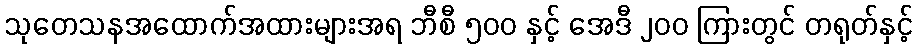
သုတေသနအထောက်အထားများအရ ဘီစီ ၅၀၀ နှင့် အေဒီ ၂၀၀ ကြားတွင် တရုတ်နှင့်